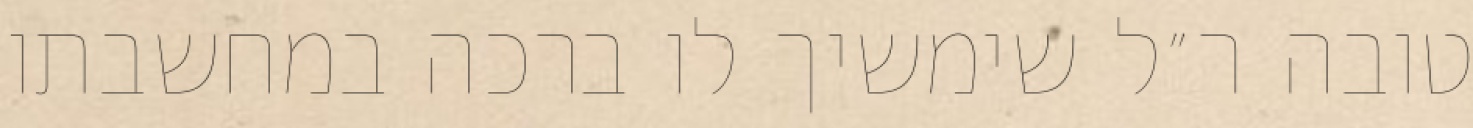
טובה ר״ל שימשיך לו ברכה במחשבתו